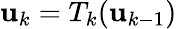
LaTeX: {\mathbf u}_{k}=T_{k}({\mathbf u}_{k-1})